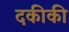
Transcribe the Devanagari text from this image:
दकीकी